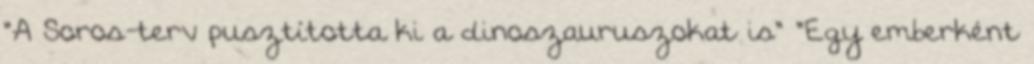
"A Soros-terv pusztította ki a dinoszauruszokat is" "Egy emberként